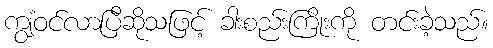
ကျွံဝင်လာပြီဆိုသဖြင့် ခါးစည်းကြိုးကို တင်းခဲ့သည်။